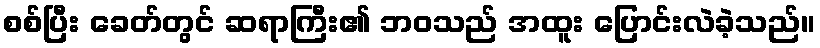
စစ်ပြီး ခေတ်တွင် ဆရာကြီး၏ ဘဝသည် အထူး ပြောင်းလဲခဲ့သည်။